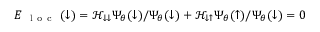
E _ { \mathrm { ~ \mathrm { ~ l ~ o ~ c ~ } ~ } } ( \downarrow ) = \mathcal { H } _ { \downarrow \downarrow } \Psi _ { \theta } ( \downarrow ) / \Psi _ { \theta } ( \downarrow ) + \mathcal { H } _ { \downarrow \uparrow } \Psi _ { \theta } ( \uparrow ) / \Psi _ { \theta } ( \downarrow ) = 0